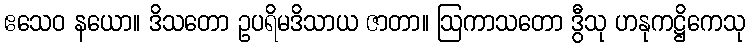
ဧသေဝ နယော။ ဒိသတော ဥပရိမဒိသာယ ဇာတာ။ ဩကာသတော ဒွီသု ဟနုကဋ္ဌိကေသု